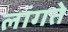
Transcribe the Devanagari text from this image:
लांगते